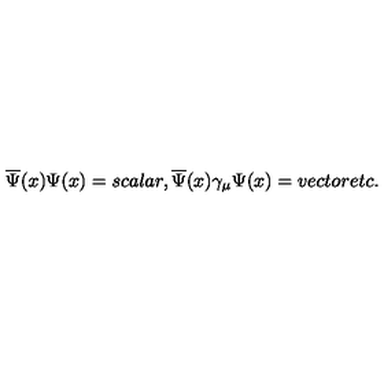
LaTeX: \overline { { \Psi } } ( x ) \Psi ( x ) = s c a l a r , \overline { { \Psi } } ( x ) \gamma _ { \mu } \Psi ( x ) = v e c t o r e t c .